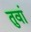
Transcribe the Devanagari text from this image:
तुवां